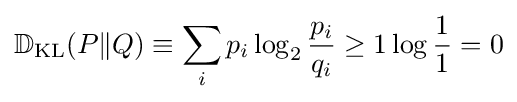
\mathbb {D} _{\mathrm {KL} }(P\|Q)\equiv \sum _{i}p_{i}\log _{2}{\frac {p_{i}}{q_{i}}}\geq 1\log {\frac {1}{1}}=0